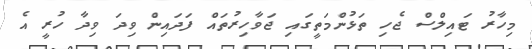
މިހާރު ޓައިލްސް ޖެހި ތަޅުންމަތީގައި ޖަވާހިރުތައް ފަދައިން ވިދަ ވިދާ ހުރީ އެ